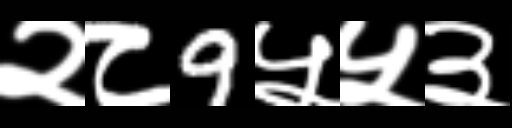
Text: २८9५५३